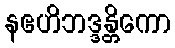
နဧဟိဘဒ္ဒန္တိကော